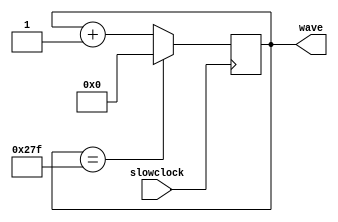
`timescale 1ns / 1ps
//////////////////////////////////////////////////////////////////////////////////
// Company: 
// Engineer: 
// 
// Design Name: 
// Module Name: TestWave_Gen
// Project Name: 
// Target Devices: 
// Tool Versions: 
// Description: 
// 
// Dependencies: 
// 
// Revision:
// Revision 0.01 - File Created
// Additional Comments:
// 
//////////////////////////////////////////////////////////////////////////////////


module TestWave_Gen(    input slowclock,    output reg [9:0] wave = 639  );

always @ (posedge slowclock) begin
    wave = (wave == 639) ? 0 : wave + 1;
end

endmodule